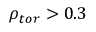
\rho _ { t o r } > 0 . 3